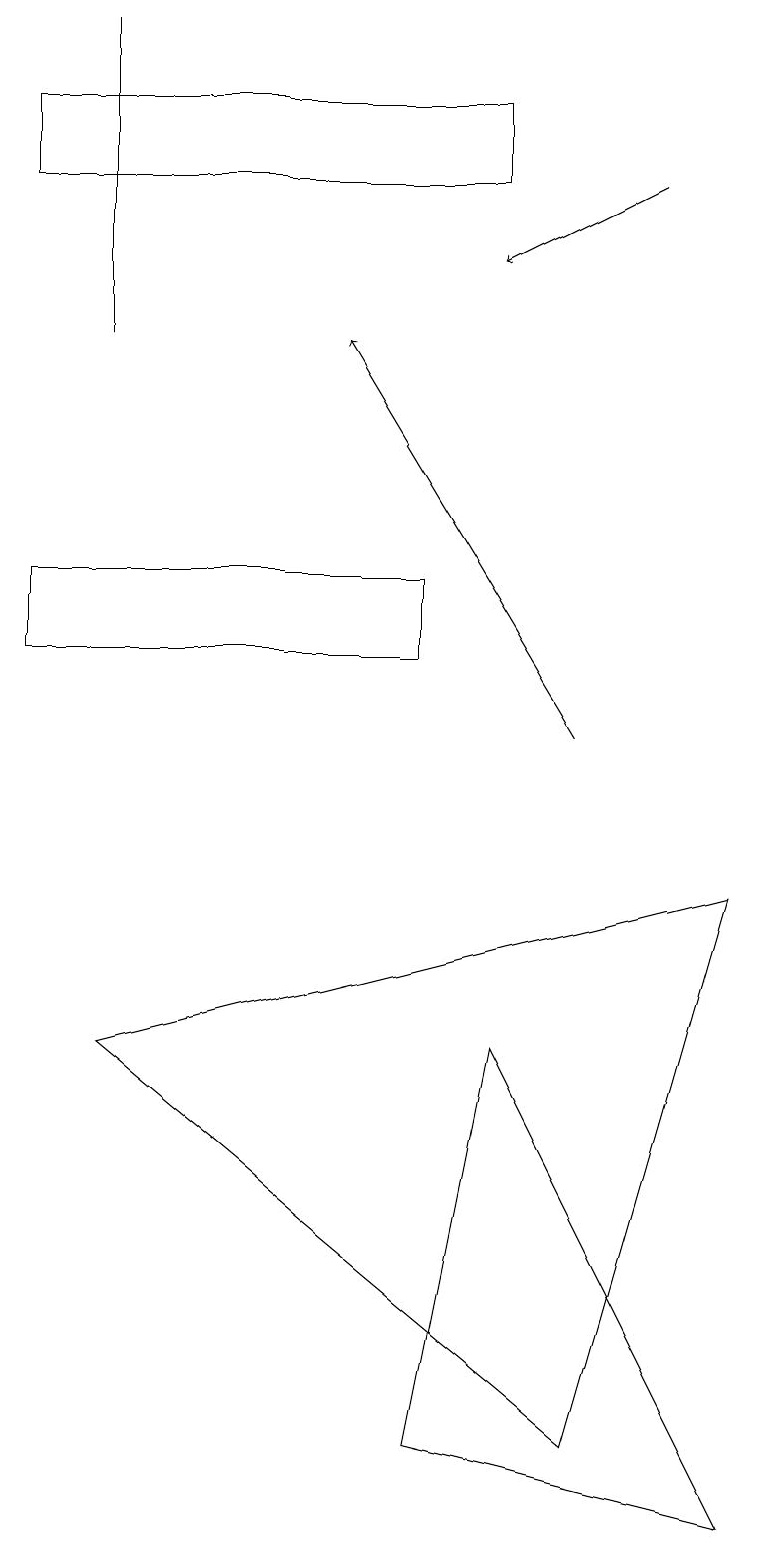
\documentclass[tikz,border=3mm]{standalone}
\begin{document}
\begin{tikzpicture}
\draw (5,1) -- (6,6) -- (9,0) -- cycle;
\draw[->] (8,17) -- (6,16);
\draw (1,19) rectangle (1,15);
\draw (0,11) rectangle (5,12);
\draw[->] (7,10) -- (4,15);
\draw (6,18) rectangle (0,17);
\draw (9,8) -- (1,6) -- (7,1) -- cycle;
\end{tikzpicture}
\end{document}